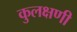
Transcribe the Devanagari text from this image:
कुलक्षणी